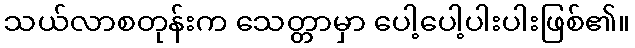
သယ်လာစတုန်းက သေတ္တာမှာ ပေါ့ပေါ့ပါးပါးဖြစ်၏။